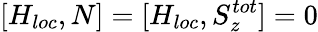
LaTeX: [H_{loc},N]=[H_{loc},S_{z}^{tot}]=0